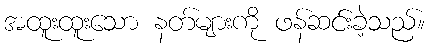
အထူးထူးသော နတ်များကို ဖန်ဆင်းခဲ့သည်။